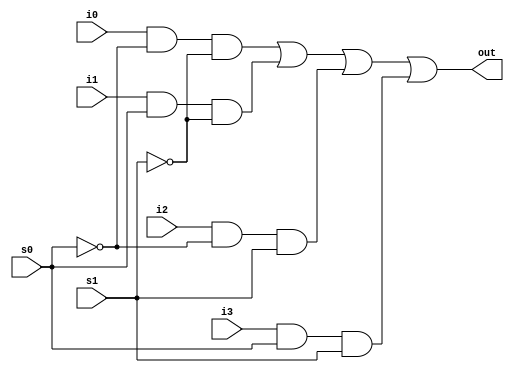
module mux_4x1 (i0,i1,i2,i3,s0,s1,out);

input i0,i1,i2,i3,s0,s1;
output out;

wire ns0,ns1,wi0,wi1,wi2,wi3;

not(ns0,s0);
not(ns1,s1);

and(wi0,i0,ns0,ns1);

and(wi1,i1,s0,ns1);

and(wi2,i2,ns0,s1);

and(wi3,i3,s0,s1);

or (out,wi0,wi1,wi2,wi3);

endmodule

module mux_4x1_4bit (i0,i1,i2,i3,s0,s1,out);

input [3:0] i0,i1,i2,i3;
input s0,s1;

output [3:0] out;

mux_4x1 m0(.i0(i0[0]),.i1(i1[0]),.i2(i2[0]),.i3(i3[0]),.s0(s0),.s1(s1),.out(out[0]));
mux_4x1 m1(.i0(i0[1]),.i1(i1[1]),.i2(i2[1]),.i3(i3[1]),.s0(s0),.s1(s1),.out(out[1]));
mux_4x1 m2(.i0(i0[2]),.i1(i1[2]),.i2(i2[2]),.i3(i3[2]),.s0(s0),.s1(s1),.out(out[2]));
mux_4x1 m3(.i0(i0[3]),.i1(i1[3]),.i2(i2[3]),.i3(i3[3]),.s0(s0),.s1(s1),.out(out[3]));

endmodule

module test_mux4_1_4bit;
reg [3:0]_i0,_i1,_i2,_i3;
reg _s0,_s1;

wire [3:0] _out;

mux_4x1_4bit full(.i0(_i0),.i1(_i1),.i2(_i2),.i3(_i3),.s0(_s0),.s1(_s1),.out(_out));

initial begin
_i0=4'b1010; _i1=4'b1111; _i2=4'b0000; _i3=4'b0101; _s0=1'b0; _s1=1'b0;

#10

_s0=1'b1; _s1=1'b0;

#10

_s0=1'b0; _s1=1'b1;

#10

_s0=1'b1; _s1=1'b1;


end

endmodule